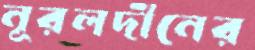
নূরলদীনের